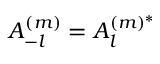
A _ { - l } ^ { ( m ) } = A _ { l } ^ { ( m ) ^ { \ast } }